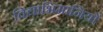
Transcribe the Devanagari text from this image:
विद्याभिमानियों